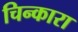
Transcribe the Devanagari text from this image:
चिन्कारा